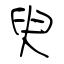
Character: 臾